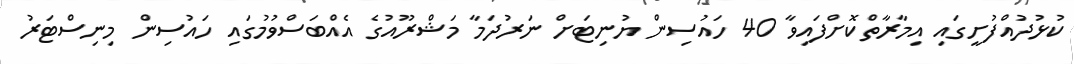
ކުޅުދުއްފުށީގައި އިމާރާތްކޮށްފައިވާ 40 ހައުސިން ޔުނިޓަށް ނަރުދަމާ މަޝްރޫއުގެ އެއްބަސްވުމުގައި ހައުސިން މިނިސްޓަރު